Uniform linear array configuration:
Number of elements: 48
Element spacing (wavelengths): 0.25
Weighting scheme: hann
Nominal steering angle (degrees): -15
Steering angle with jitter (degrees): -15.794
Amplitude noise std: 0.05
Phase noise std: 0.05

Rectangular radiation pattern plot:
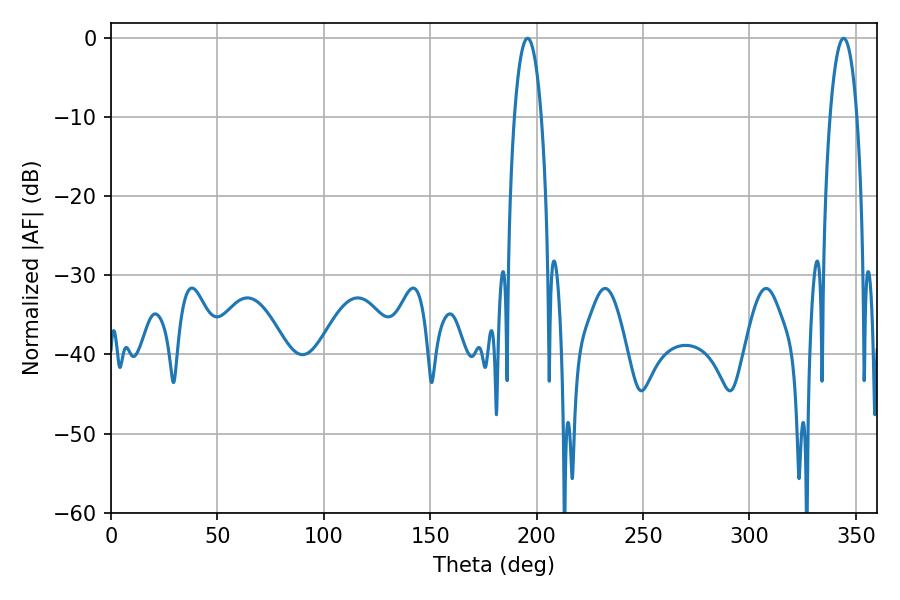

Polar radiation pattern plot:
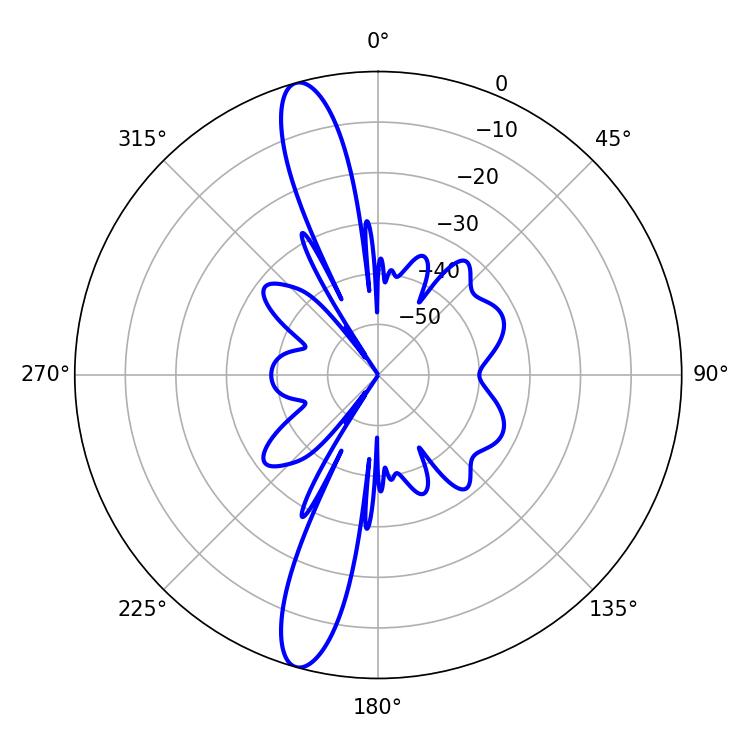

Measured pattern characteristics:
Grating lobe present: FALSE
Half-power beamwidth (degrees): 7.02
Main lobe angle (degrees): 195.66